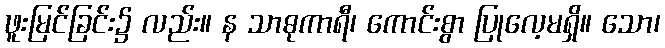
ဖူးမြင်ခြင်း၌ လည်း။ န သာဓုကာရီ၊ ကောင်းစွာ ပြုလေ့မရှိ။ သော၊